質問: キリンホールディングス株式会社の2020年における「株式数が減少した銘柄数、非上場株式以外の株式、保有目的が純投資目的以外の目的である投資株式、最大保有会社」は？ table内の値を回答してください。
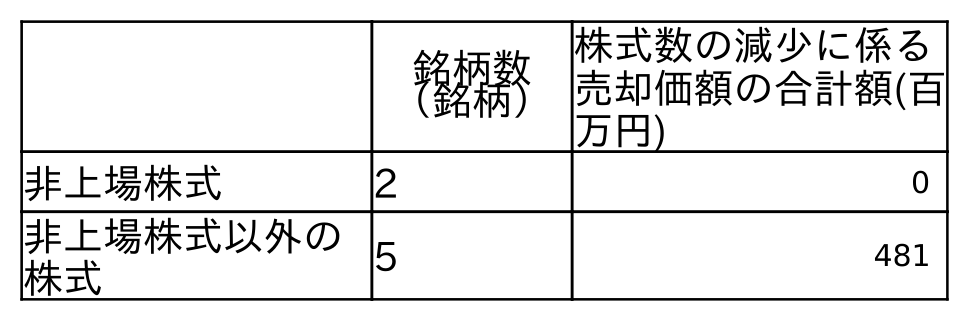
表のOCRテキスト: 銘柄数 （銘柄） 株式数の減少に係る 売却価額の合計額(百 万円) 非上場株式 2 0 非上場株式以外の 株式 5 481
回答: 5